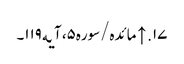
۱۷. ↑ مائده/سوره۵، آیه۱۱۹۔